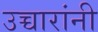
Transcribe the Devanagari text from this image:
उच्चारांनी